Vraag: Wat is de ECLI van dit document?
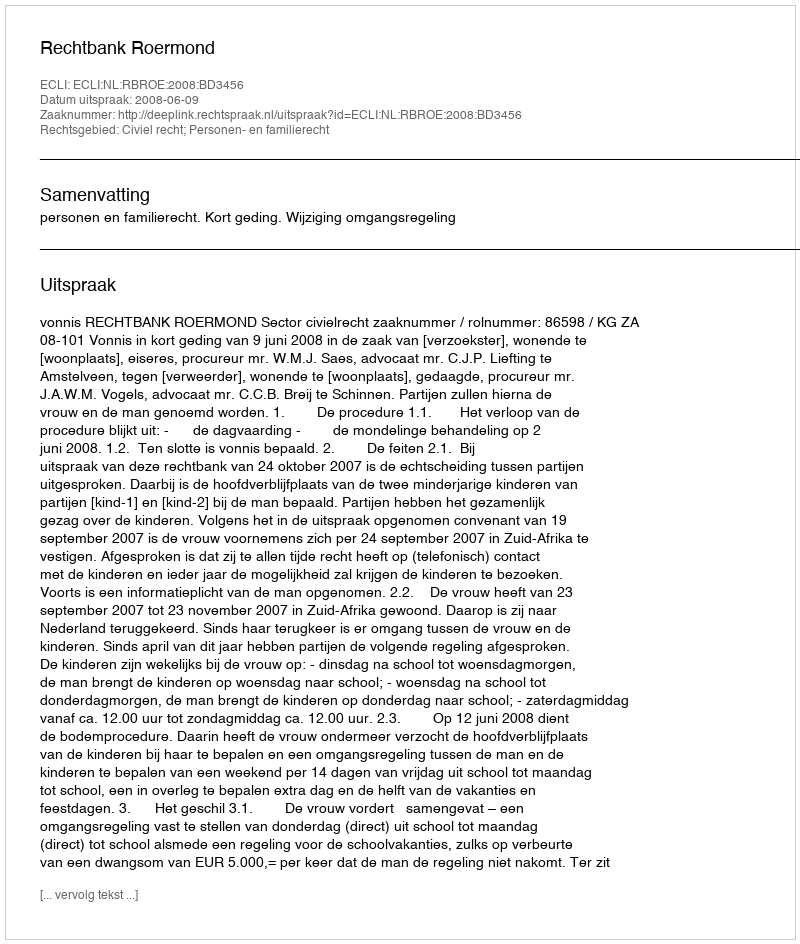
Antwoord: ECLI:NL:RBROE:2008:BD3456